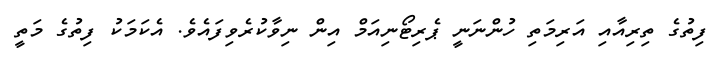
ފިތުގެ ތިރިއާއި އަރިމަތި ހުންނަނީ ޕެރިޓޯނިއަމް އިން ނިވާކުރެވިފައެވެ. އެކަމަކު ފިތުގެ މަތީ